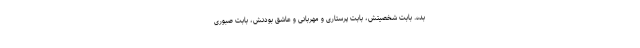
بده. بابت شخصیتش، بابت پرستاری و مهربانی و عاشق بودنش، بابت صبوری